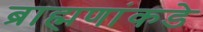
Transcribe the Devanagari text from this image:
ब्राह्मणांकडे